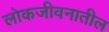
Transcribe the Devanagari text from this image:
लोकजीवनातील